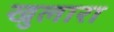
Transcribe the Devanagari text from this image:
खुलारा